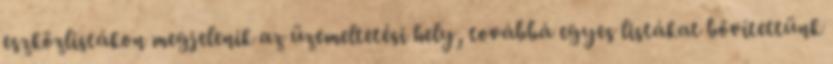
eszközlistákon megjelenik az üzemeltetési hely, továbbá egyes listákat bővítettünk